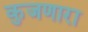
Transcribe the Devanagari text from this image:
कुजणारा